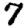
Digit: 7